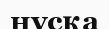
нүсқа